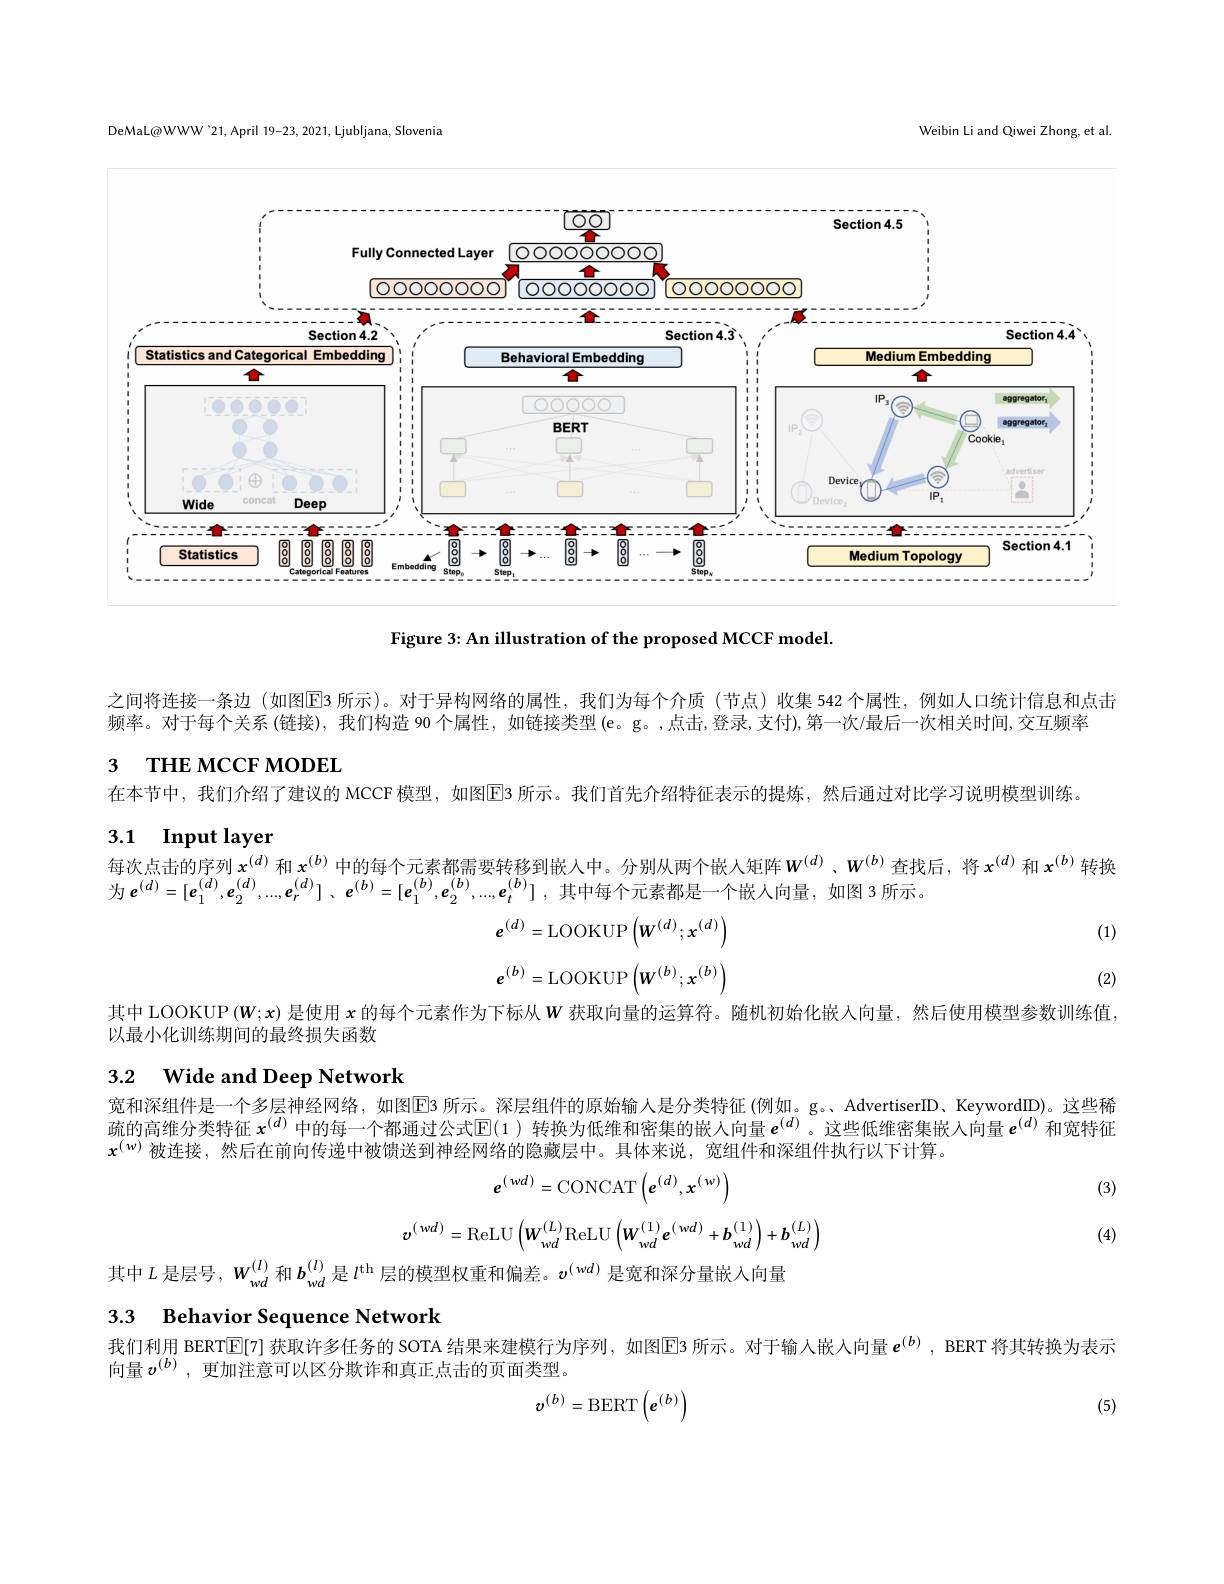
DeMaL@WWW'21, April 19-23, 2021, Ljubljana, Slovenia

Weibin Li and Qiwei Zhong, et al.

<FigureHere>

Figure 3: An illustration of the proposed MCCF model.

之间将连接一条边 (如图区3 所示)。对于异构网络的属性，我们为每个介质 (节点)收集 542 个属性，例如人口统计信息和点击
频率。对于每个关系 (链接), 我们构造 90 个属性，如链接类型 (e。g。,点击，登录，支付),第一次/最后一次相关时间，交互频率
3 тне мссғ морЕL
在本节中，我们介绍了建议的 MCCF 模型，如图$\overline{\mathrm{E}}$3 所示。我们首先介绍特征表示的提炼，然后通过对比学习说明模型训练。

### 3.1 Input layer 每次点击的序列$x^{(d)}$和$x^{(b)}$中的每个元素都需要转移到嵌入中。分别从两个嵌人矩阵$W^{(d)}$、$W^{(b)}$查找后，将$x^(d)$和$x^{(b)}$转换

每 次 点 山 时 开 列 $x^{\text{ 个 }1}$ 中 时 母 $\mid$儿 余 即 而 女 投 修 到 故 人 干 。力 为 风 网 $\mid$故 人 对 中 为 $e^{( d) }= [ e_{1}^{( d) }, e_{2}^{( d) }, . . . , e_{r}^{( d) }]$ $, e^{( b) }= [ e_{1}^{( b) }, e_{2}^{( b) }, . . . , e_{t}^{( b) }]$ ,其 中 每 个 元 素 都 是 一 个 嵌 人 向 量 , 如 图 3 所 示 。

(1)
$$e^{(d)}=\mathrm{LOOKUP}\left(W^{(d)};x^{(d)}\right)$$
$$e^{(b)}=\mathrm{LOOKUP}\left(W^{(b)};x^{(b)}\right)$$
(2)

其中 LOOKUP (W; $x$) 是使用$x$的每个元素作为下标从$w$获取向量的运算符。随机初始化嵌人向量，然后使用模型参数训练值，
以最小化训练期间的最终损失函数

## 3.2 Wide and Deep Network

宽和深组件是一个多层神经网络，如图$\operatorname{E\text{3所示。深层组件的原始输入是分类特征(例如。g。、AdvertiserID、KeywordID)。这些稀}}$ 疏的高维分类特征$x^{(d)}$中的每一个都通过公式$\mathbb{E}(1)$转换为低维和密集的嵌入向量$e^{(d)}$。这些低维密集嵌入向量$e^{(d)}$和宽特征$x^{(w)}$被连接，然后在前向传递中被馈送到神经网络的隐藏层中。具体来说，宽组件和深组件执行以下计算。

(3)
$$e^{(wd)}=\mathrm{CONCAT}\left(e^{(d)},x^{(w)}\right)$$
$$v^{(\:wd)}=\mathrm{ReLU}\left(W_{wd}^{(L)}\mathrm{ReLU}\left(W_{wd}^{(1)}e^{(\:wd)}+b_{wd}^{(1)}\right)+b_{wd}^{(L)}\right)$$
其中$L$是层号，$W_{wd}^{(l)}$和$b_{wd}^{(l)}$是$l^\mathrm{th}$层的模型权重和偏差。$v^{(wd)}$是宽和深分量嵌入向量

(4)

# 3.3 Behavior Sequence Network 我们利用 BERT$\overline{\mathbb{E}}$[7] 获取许多任务的 SOTA 结果来建模行为序列，如图回3 所示。对于输入嵌入向量$e^{(b)}$ ,BERT 将其转换为表示

向量$v^{(b)}$,更加注意可以区分欺诈和真正点击的页面类型。

(5)
$$\boldsymbol{v}^{(b)}=\mathrm{BERT}\left(\boldsymbol{e}^{(b)}\right)$$